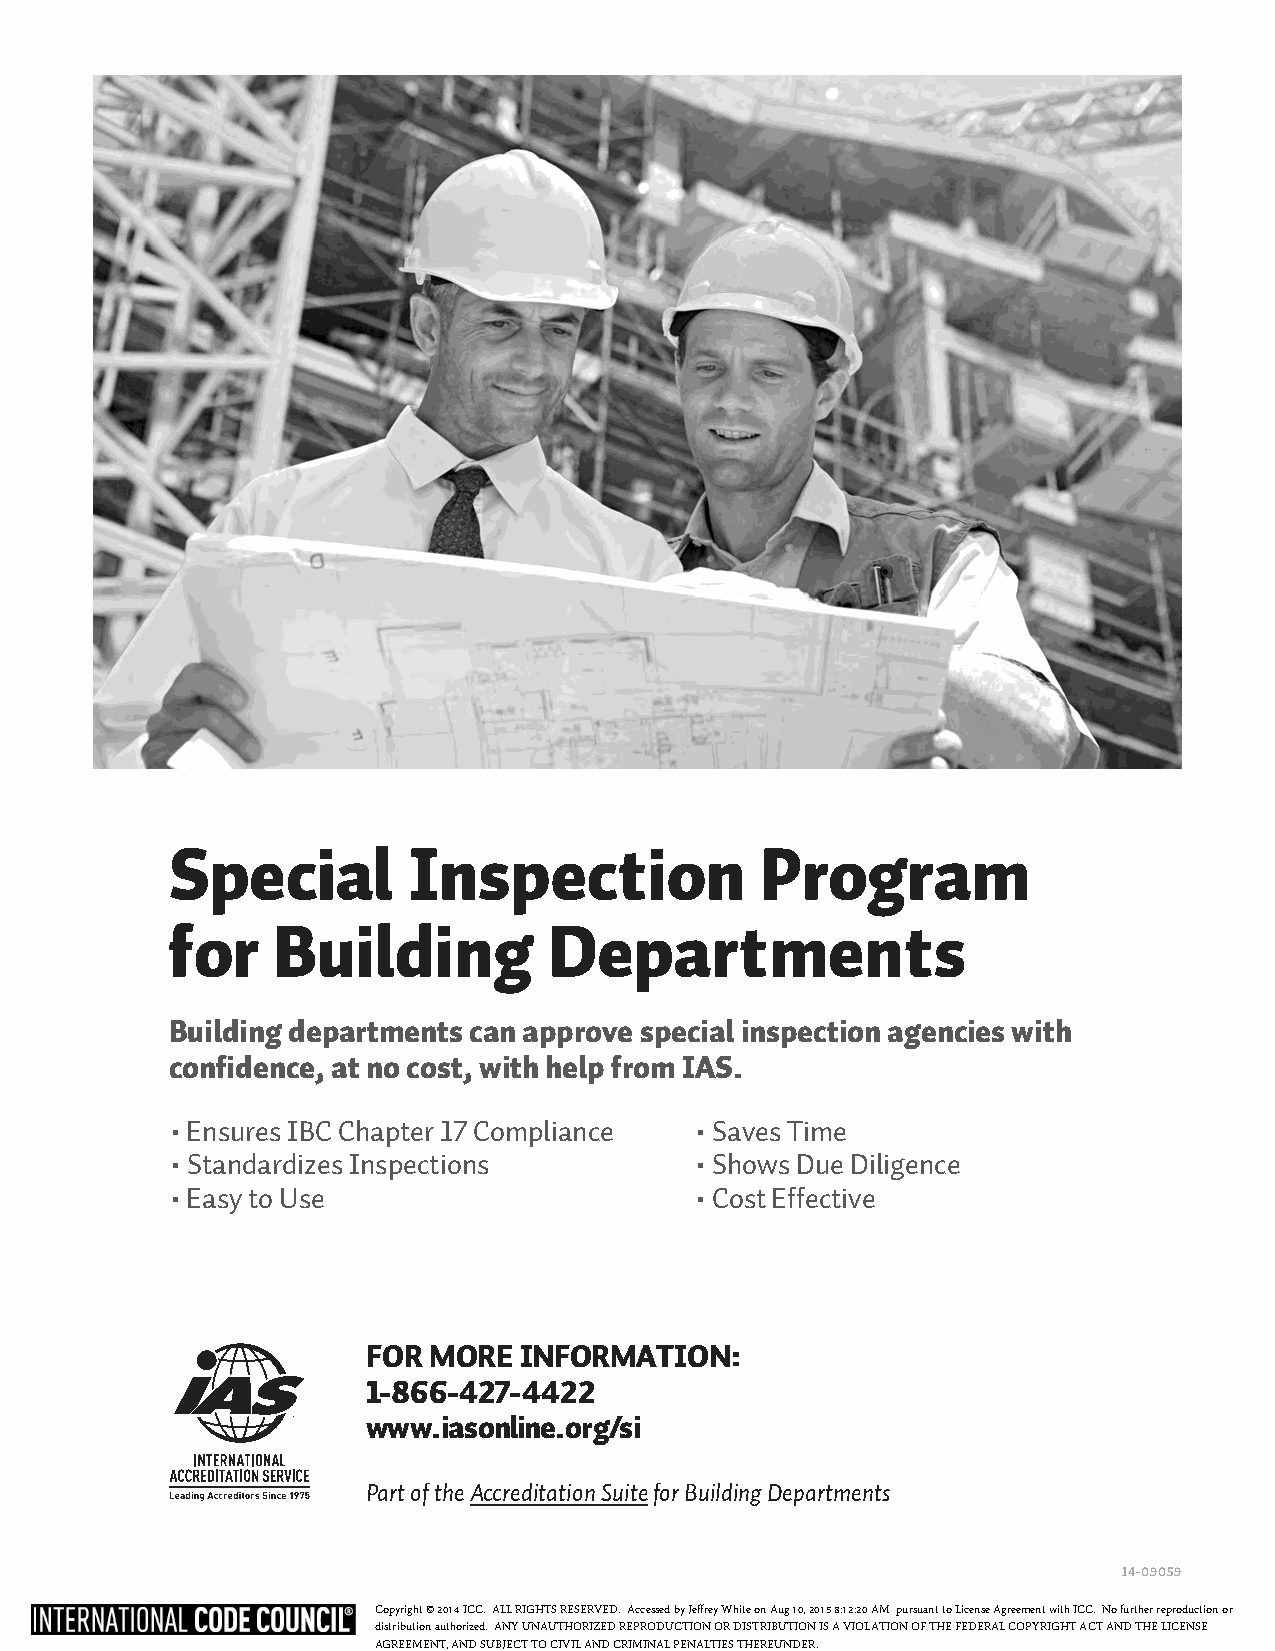
Special         Inspection             Program
 for    Building          Departments
 Building departments can approve special inspection agencies with
 confidence, at no cost, with help from IAS.
 • Ensures IBC Chapter 17 Compliance • Saves Time
 • Standardizes Inspections         • Shows Due Diligence
 • Easy to Use                      • Cost Effective
 FOR MORE  INFORMATION:
 1-866-427-4422
 www.iasonline.org/si
 Part of the Accreditation Suite for Building Departments
 14-09059
 Copyright © 2014 ICC. ALL RIGHTS RESERVED. Accessed by Jeffrey White on Aug 10, 2015 8:12:20 AM pursuant to License Agreement with ICC. No further reproduction or
 distribution authorized. ANY UNAUTHORIZED REPRODUCTION OR DISTRIBUTION IS A VIOLATION OF THE FEDERAL COPYRIGHT ACT AND THE LICENSE
 AGREEMENT, AND SUBJECT TO CIVIL AND CRIMINAL PENALTIES THEREUNDER.